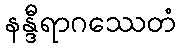
နန္ဒီရာဂဿေတံ